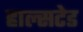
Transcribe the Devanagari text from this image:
हाल्सटेड